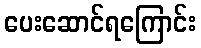
ပေးဆောင်ရကြောင်း